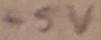
Text: +5V